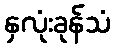
နှလုံးခုန်သံ